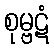
စုမ္ဗဋံ